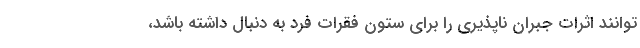
توانند اثرات جبران ناپذیری را برای ستون فقرات فرد به دنبال داشته باشد،